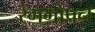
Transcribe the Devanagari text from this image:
रंगगोपन